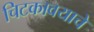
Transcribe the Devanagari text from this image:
चिटकावयाचे